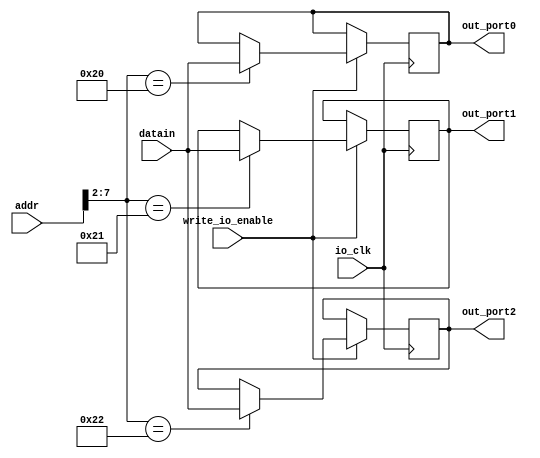
module io_output_reg (addr,datain,write_io_enable,io_clk,out_port0,out_port1,out_port2 );
	input [31:0] addr,datain;
	input write_io_enable,io_clk;
	
	//reset signal. if necessary,can use this signal to reset the output to 0.
	output [31:0] out_port0,out_port1,out_port2;
	reg [31:0] out_port0; // output port0
	reg [31:0] out_port1; // output port1
	reg [31:0] out_port2;
	always @(posedge io_clk )
		begin
		if (write_io_enable == 1)
			case (addr[7:2])
				6'b100000: out_port0 <= datain; // 80h
				6'b100001: out_port1 <= datain; // 84h
				6'b100010: out_port2 <= datain; // 88h
				// more ports
				endcase
		end
endmodule